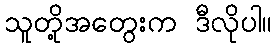
သူတို့အတွေးက ဒီလိုပါ။